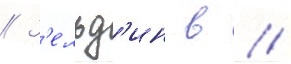
// З'ельд'ин в //